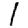
Digit: 1